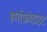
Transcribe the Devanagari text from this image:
हर्माफ्रोडाइट